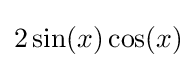
2\sin(x)\cos(x)